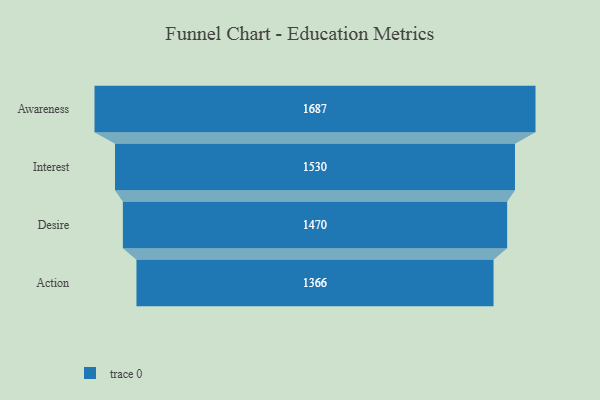
{"axis": {"x": "Stage", "y": "Value"}, "legend": [""], "data": [{"x": "Awareness", "y": 1687.0, "type": ""}, {"x": "Interest", "y": 1530.0, "type": ""}, {"x": "Desire", "y": 1470.0, "type": ""}, {"x": "Action", "y": 1366.0, "type": ""}]}